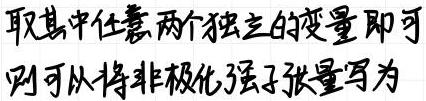
取其中任意两个独立的变量即可
则可以将非极化强子张量写为